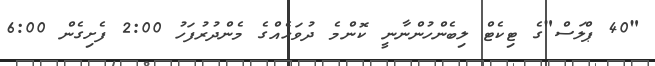
"40 ޕްލަސް"ގެ ޓިކެޓް ލިބެންހުންނާނީ ކޮންމެ ދުވަހެއްގެ މެންދުރުފަހު 2:00 ފެށިގެން 6:00